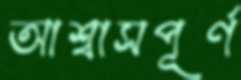
আশ্বাসপূর্ণ